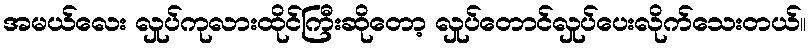
အမယ်လေး လှုပ်ကုလားထိုင်ကြီးဆိုတော့ လှုပ်တောင်လှုပ်ပေးလိုက်သေးတယ်။